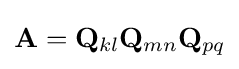
\mathbf {A} =\mathbf {Q} _{kl}\mathbf {Q} _{mn}\mathbf {Q} _{pq}